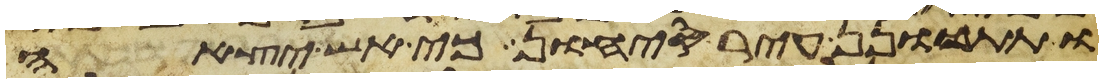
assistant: ותתכונן עיר סיחון כי אש יצאה